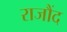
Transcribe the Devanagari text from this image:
राजौंद